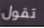
تقول